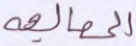
المعالجة